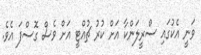
ވަނީ އެކުގައި ސްރީލަންކާ އަށް ކުރު ޗުއްޓީ އަށް ވެސް ގޮސްފަ އެވެ.